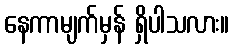
နေကာမျက်မှန် ရှိပါသလား။